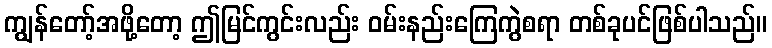
ကျွန်တော့်အဖို့တော့ ဤမြင်ကွင်းလည်း ဝမ်းနည်းကြေကွဲစရာ တစ်ခုပင်ဖြစ်ပါသည်။